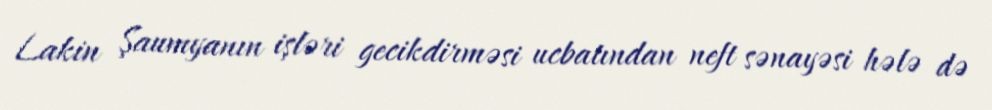
Lakin Şaumyanın işləri gecikdirməsi ucbatından neft sənayəsi hələ də